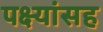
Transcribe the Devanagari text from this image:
पक्ष्यांसह